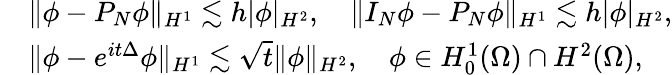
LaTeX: \begin{array}{rl}&{\| \phi-P_{N}\phi\| _{H^{1}}\lesssim h|\phi|_{H^{2}},\quad\| I_{N}\phi-P_{N}\phi\| _{H^{1}}\lesssim h|\phi|_{H^{2}},}\\ &{\| \phi-e^{it\Delta}\phi\| _{H^{1}}\lesssim\sqrt{t}\| \phi\| _{H^{2}},\quad\phi\in H_{0}^{1}(\Omega)\cap H^{2}(\Omega),}\end{array}